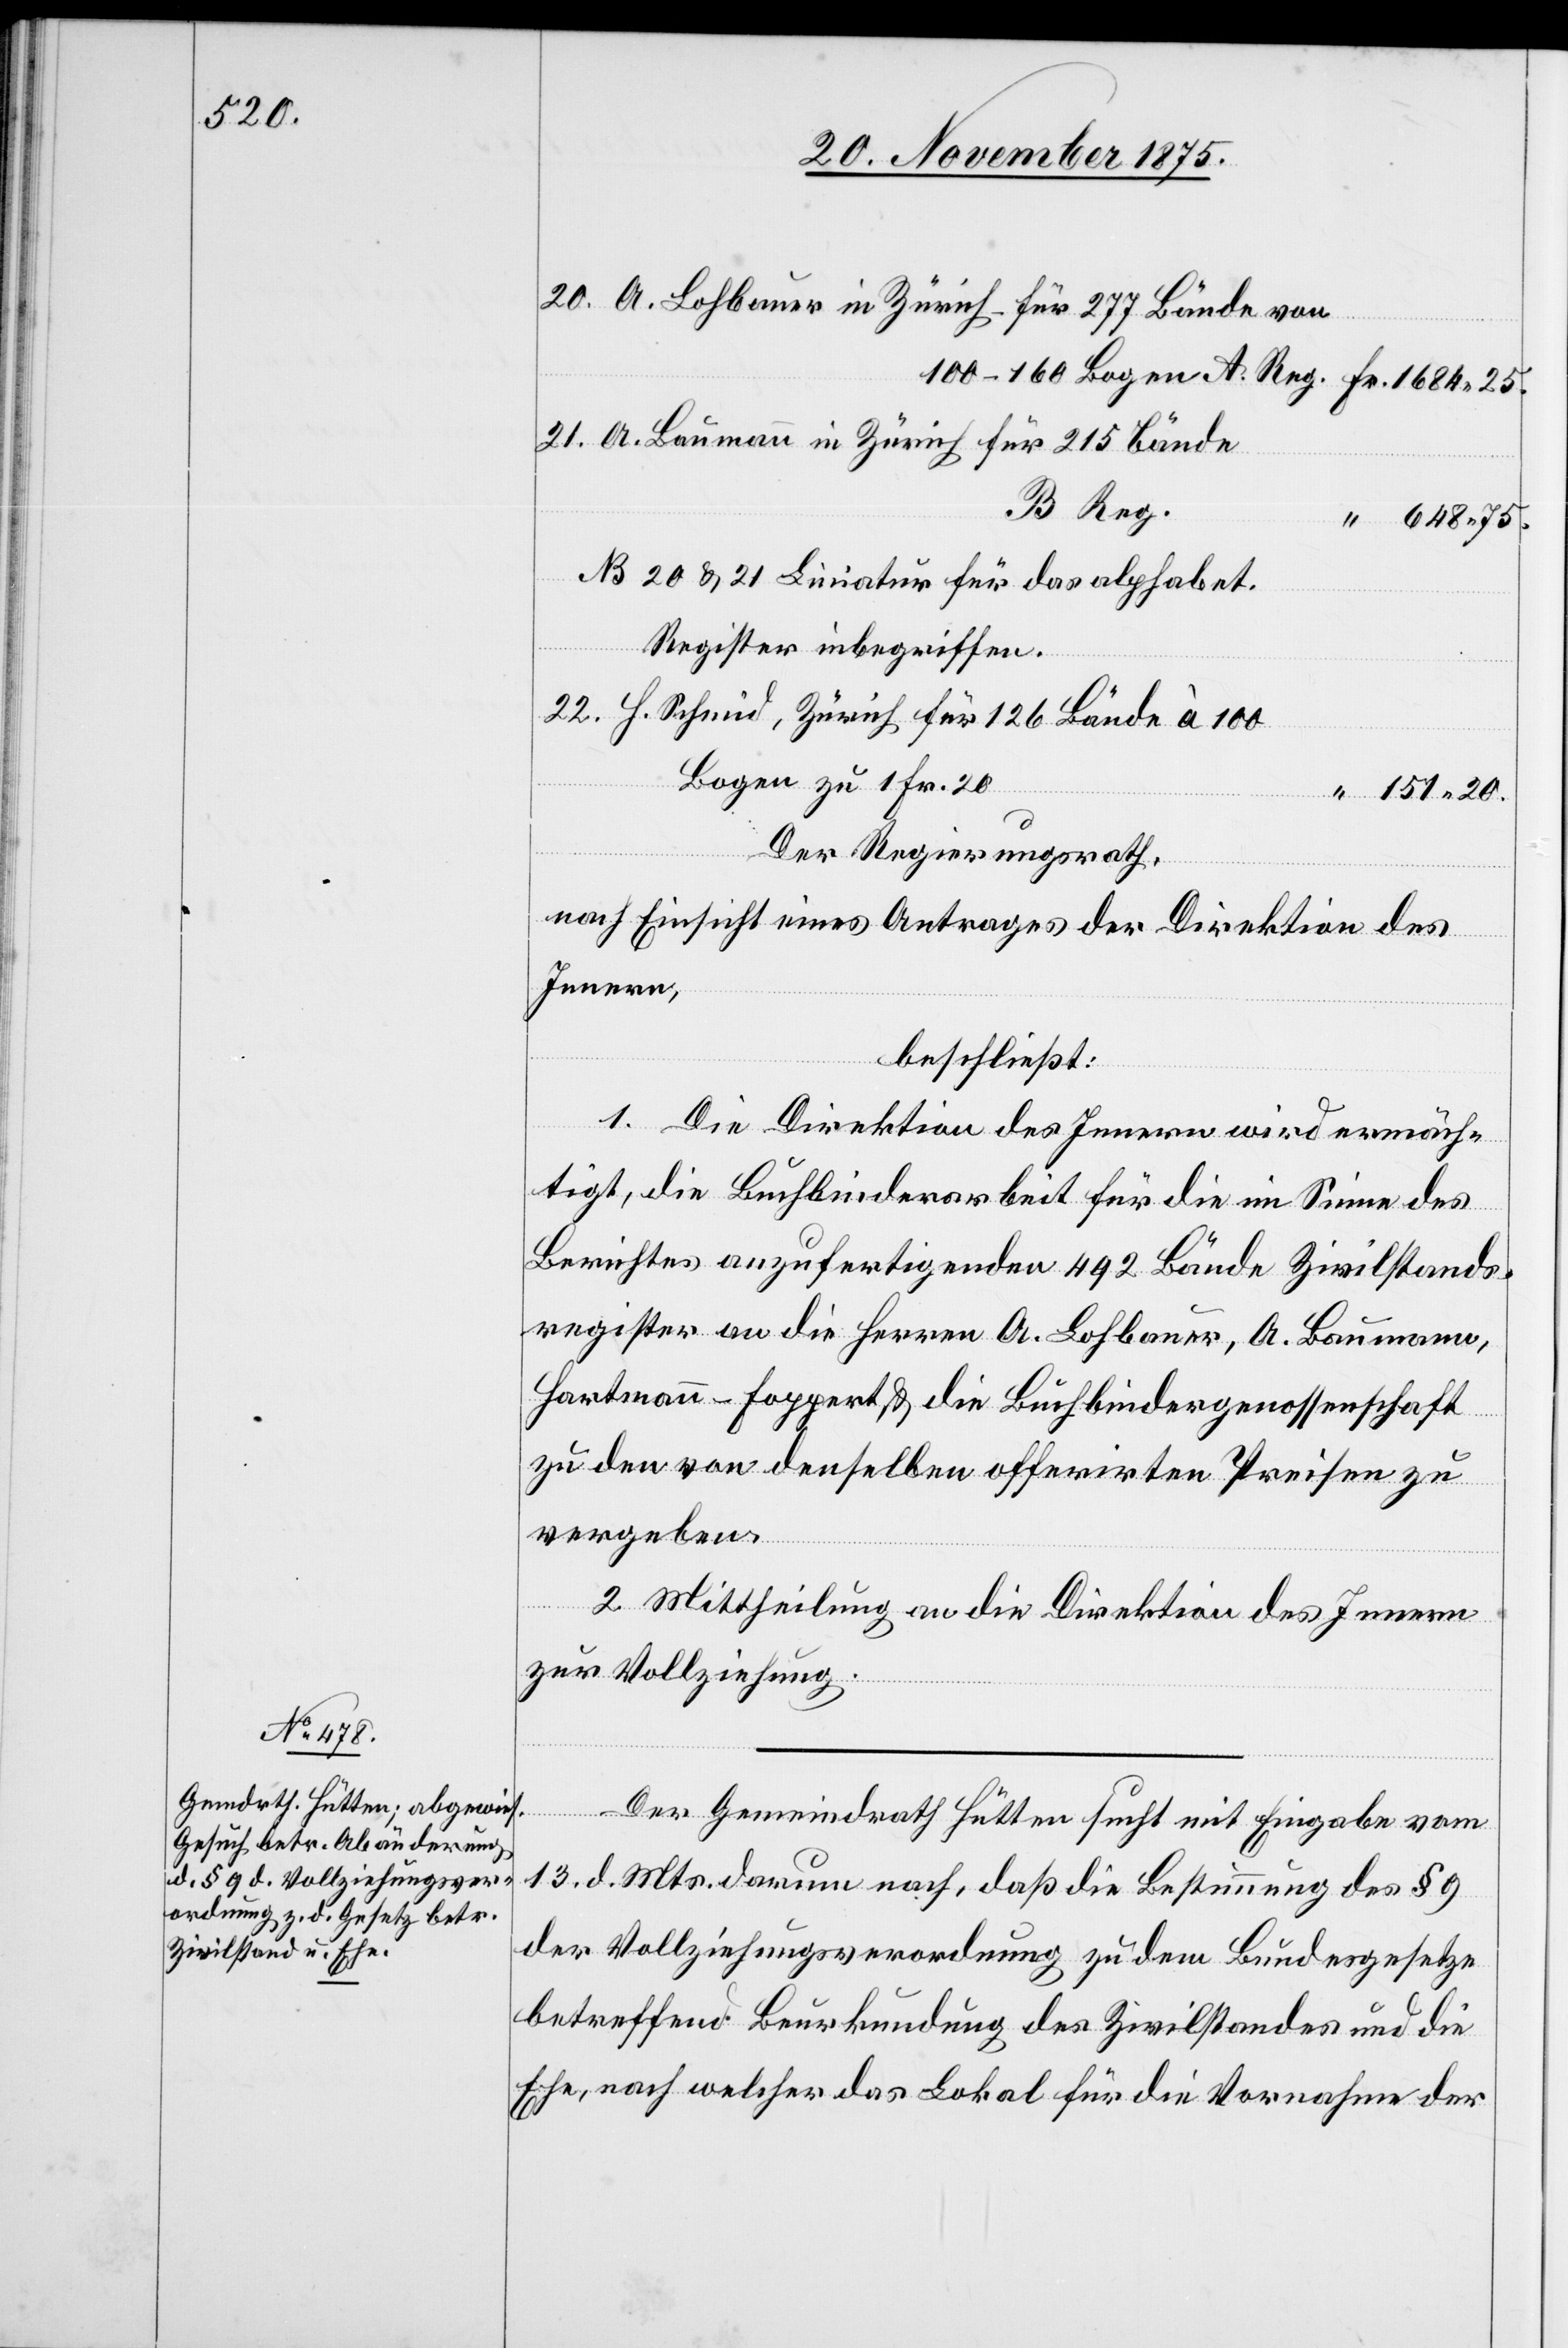
20.

B. Reg.
648 75.
No. 20 & 21 Liviatur für das alphabet
Register inbegriffen.
Bogen zu 1 Fr. 20
151 20.
Bände
Der Regierungsrath,
in
nach Einsicht eines Antrages der Direktion des
Innern,
beschließt:
1. Die Direktion des Innern wird ermäch¬
tigt, die Buchbinderarbeit für die im Sinne des
Berichtes anzufertigenden 492 Bände Zivilstands¬
register an die Herren A. Lohbauer, A. Baumann,
Hartmann-Foppert & die Buchbindergenossenschaft
zu den von denselben offerirten Preisen zu
vergeben.
2. Mittheilung an die Direktion des Innern
zur Vollziehung.
Der Gemeindrath Hütten sucht mit Eingabe vom
13. d. Mts. darum nach, daß die Bestimmung des § 9
der Vollziehungsverordnung zu dem Bundesgesetze
betreffend Beurkundung des Zivilstandes und die
Ehe, nach welcher das Lokal für die Vornahme der